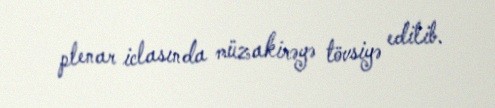
plenar iclasında müzakirəyə tövsiyə edilib.